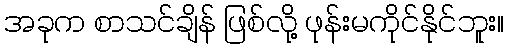
အခုက စာသင်ချိန် ဖြစ်လို့ ဖုန်းမကိုင်နိုင်ဘူး။